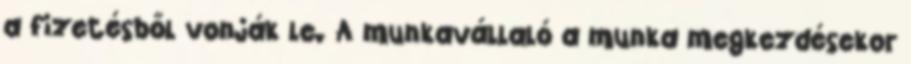
a fizetésből vonják le. A munkavállaló a munka megkezdésekor